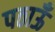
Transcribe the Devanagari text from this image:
पठाऊँ